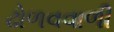
ઢોળવવાળી